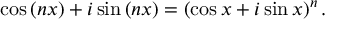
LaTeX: \cos \left( n x \right) + i \sin \left( n x \right) = \left( \cos x + i \sin x \right) ^ { n } .